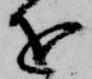
を